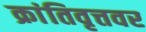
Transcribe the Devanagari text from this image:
क्रांतिवृत्तवर